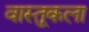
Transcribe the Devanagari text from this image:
वास्तु्कला